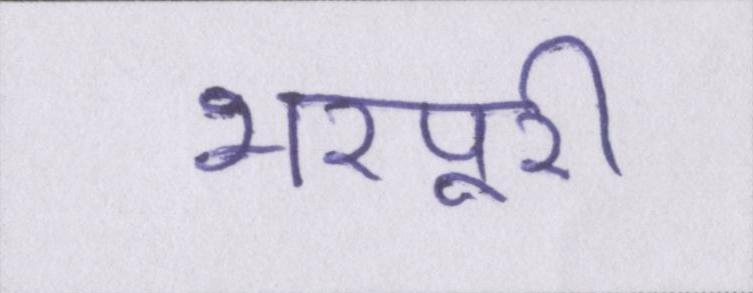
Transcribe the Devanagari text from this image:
भरपूरी